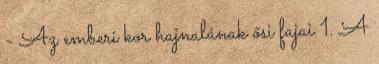
- Az emberi kor hajnalának ősi fajai 1. A